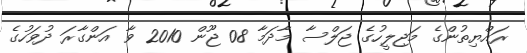
ރައްޔިތުންގެ މަޖިލީހުގެ ޖަލްސާ މާދަމާ 08 ޖޫން 2010 ވާ އަންގާރަ ދުވަހުގެ